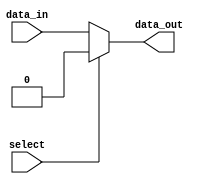
module IO_Blocks_Bus_switch (
    input wire data_in,
    input wire select,
    output wire data_out
);

// Define the internal signals and multiplexers
reg internal_data_out;

// Multiplexer to route data based on select signal
always @ (data_in, select)
begin
    if (select == 1'b0)
        internal_data_out = data_in;
    else
        internal_data_out = 1'b0; // No connection when select is high
end

// Assign output signal
assign data_out = internal_data_out;

endmodule